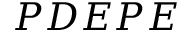
P D E P E